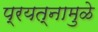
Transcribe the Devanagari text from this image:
प्रयत्‍नामुळे